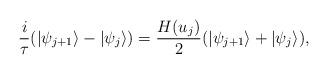
LaTeX: \begin{align*} \frac{i}{\tau}(|{\psi}_{j+1}\rangle-|{\psi}_{j}\rangle)= \frac{H(u_j)}{2}(|{\psi}_{j+1}\rangle+|{\psi}_{j}\rangle),\end{align*}